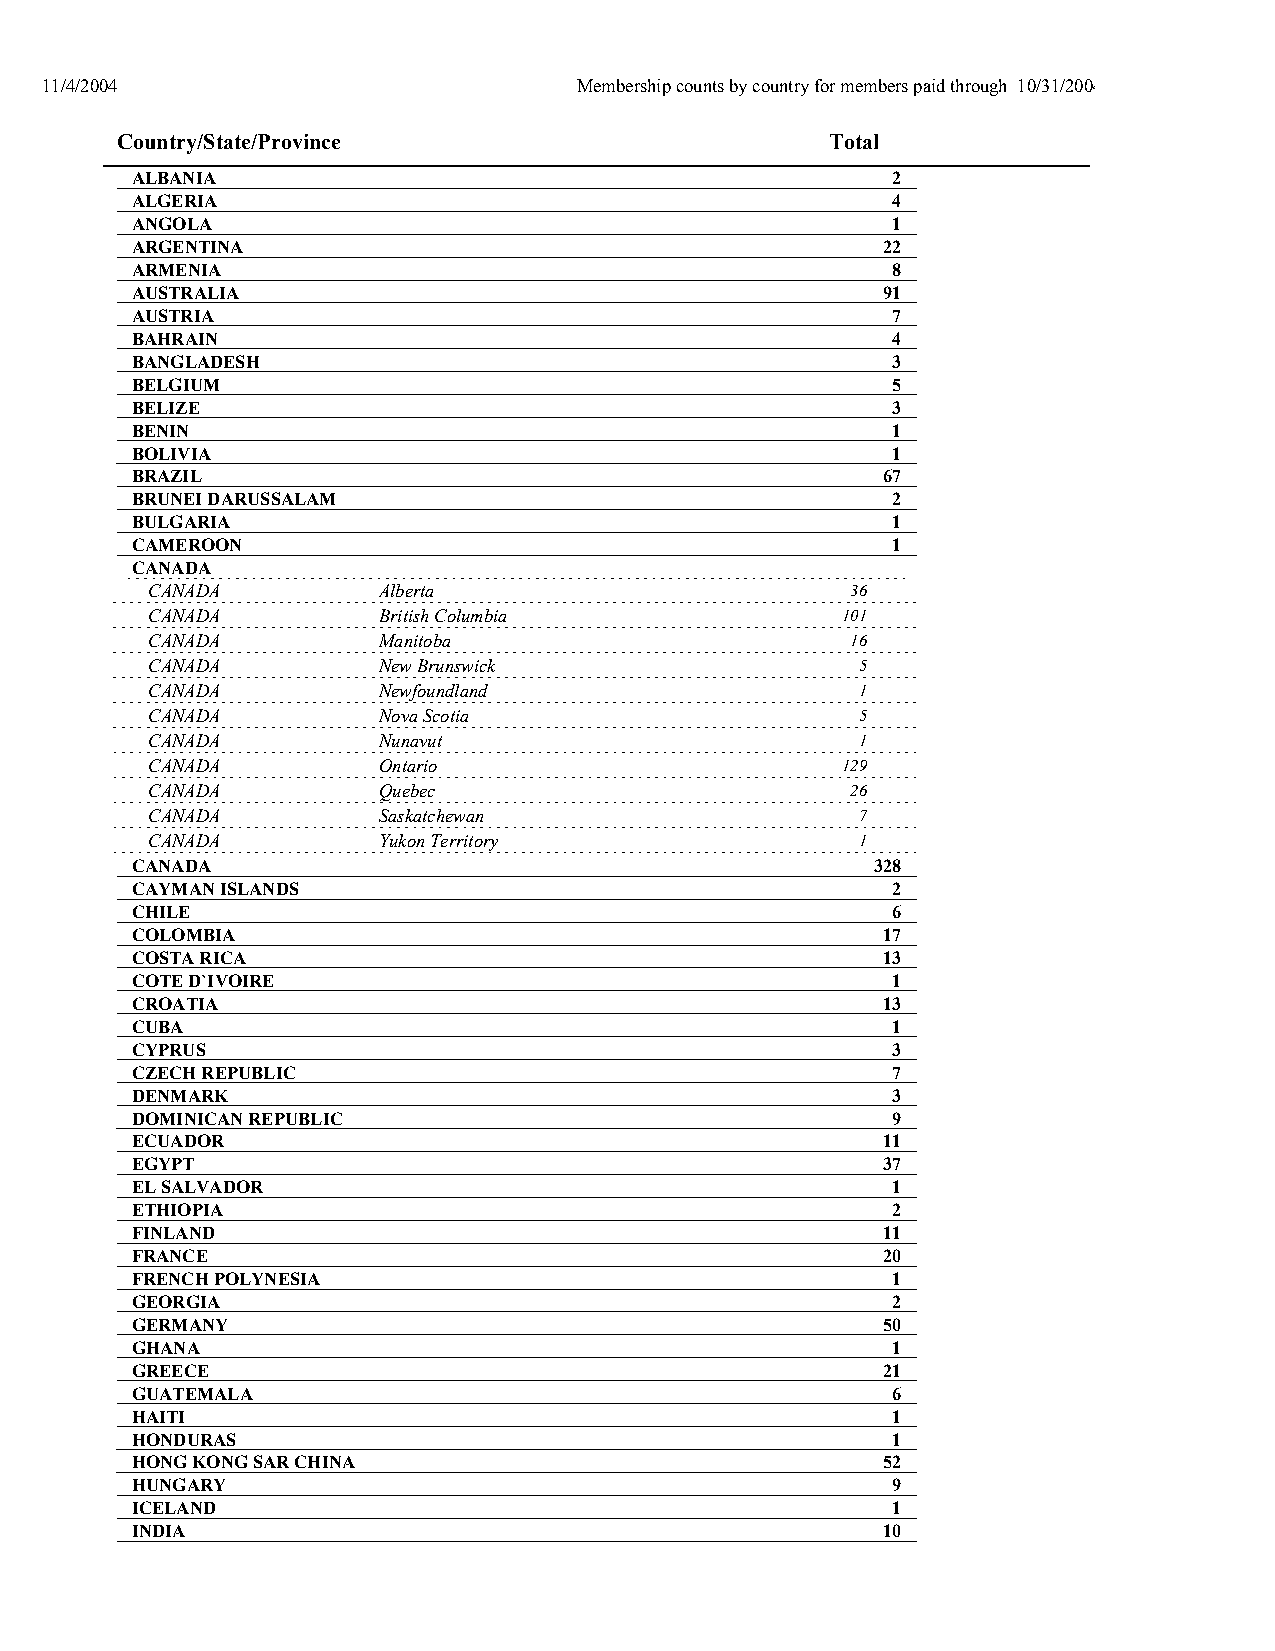
11/4/2004                          Membership counts by country for members paid through 10/31/2004 or later.
 Country/State/Province                         Total
 ALBANIA                                           2
 ALGERIA                                           4
 ANGOLA                                            1
 ARGENTINA                                        22
 ARMENIA                                           8
 AUSTRALIA                                        91
 AUSTRIA                                           7
 BAHRAIN                                           4
 BANGLADESH                                        3
 BELGIUM                                           5
 BELIZE                                            3
 BENIN                                             1
 BOLIVIA                                           1
 BRAZIL                                           67
 BRUNEI DARUSSALAM                                 2
 BULGARIA                                          1
 CAMEROON                                          1
 CANADA
 CANADA         Alberta                        36
 CANADA         British Columbia               101
 CANADA         Manitoba                       16
 CANADA         New Brunswick                   5
 CANADA         Newfoundland                    1
 CANADA         Nova Scotia                     5
 CANADA         Nunavut                         1
 CANADA         Ontario                        129
 CANADA         Quebec                         26
 CANADA         Saskatchewan                    7
 CANADA         Yukon Territory                 1
 CANADA                                           328
 CAYMAN ISLANDS                                    2
 CHILE                                             6
 COLOMBIA                                         17
 COSTA RICA                                       13
 COTE D`IVOIRE                                     1
 CROATIA                                          13
 CUBA                                              1
 CYPRUS                                            3
 CZECH REPUBLIC                                    7
 DENMARK                                           3
 DOMINICAN REPUBLIC                                9
 ECUADOR                                          11
 EGYPT                                            37
 EL SALVADOR                                       1
 ETHIOPIA                                          2
 FINLAND                                          11
 FRANCE                                           20
 FRENCH POLYNESIA                                  1
 GEORGIA                                           2
 GERMANY                                          50
 GHANA                                             1
 GREECE                                           21
 GUATEMALA                                         6
 HAITI                                             1
 HONDURAS                                          1
 HONG KONG SAR CHINA                              52
 HUNGARY                                           9
 ICELAND                                           1
 INDIA                                            10